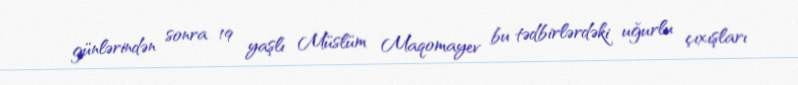
günlərindən sonra 19 yaşlı Müslüm Maqomayev bu tədbirlərdəki uğurlu çıxışları